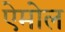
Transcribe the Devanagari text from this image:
ऐमोल